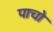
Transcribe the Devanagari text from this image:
पाचो